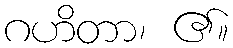
ဂဟိတာ၊ ၏။